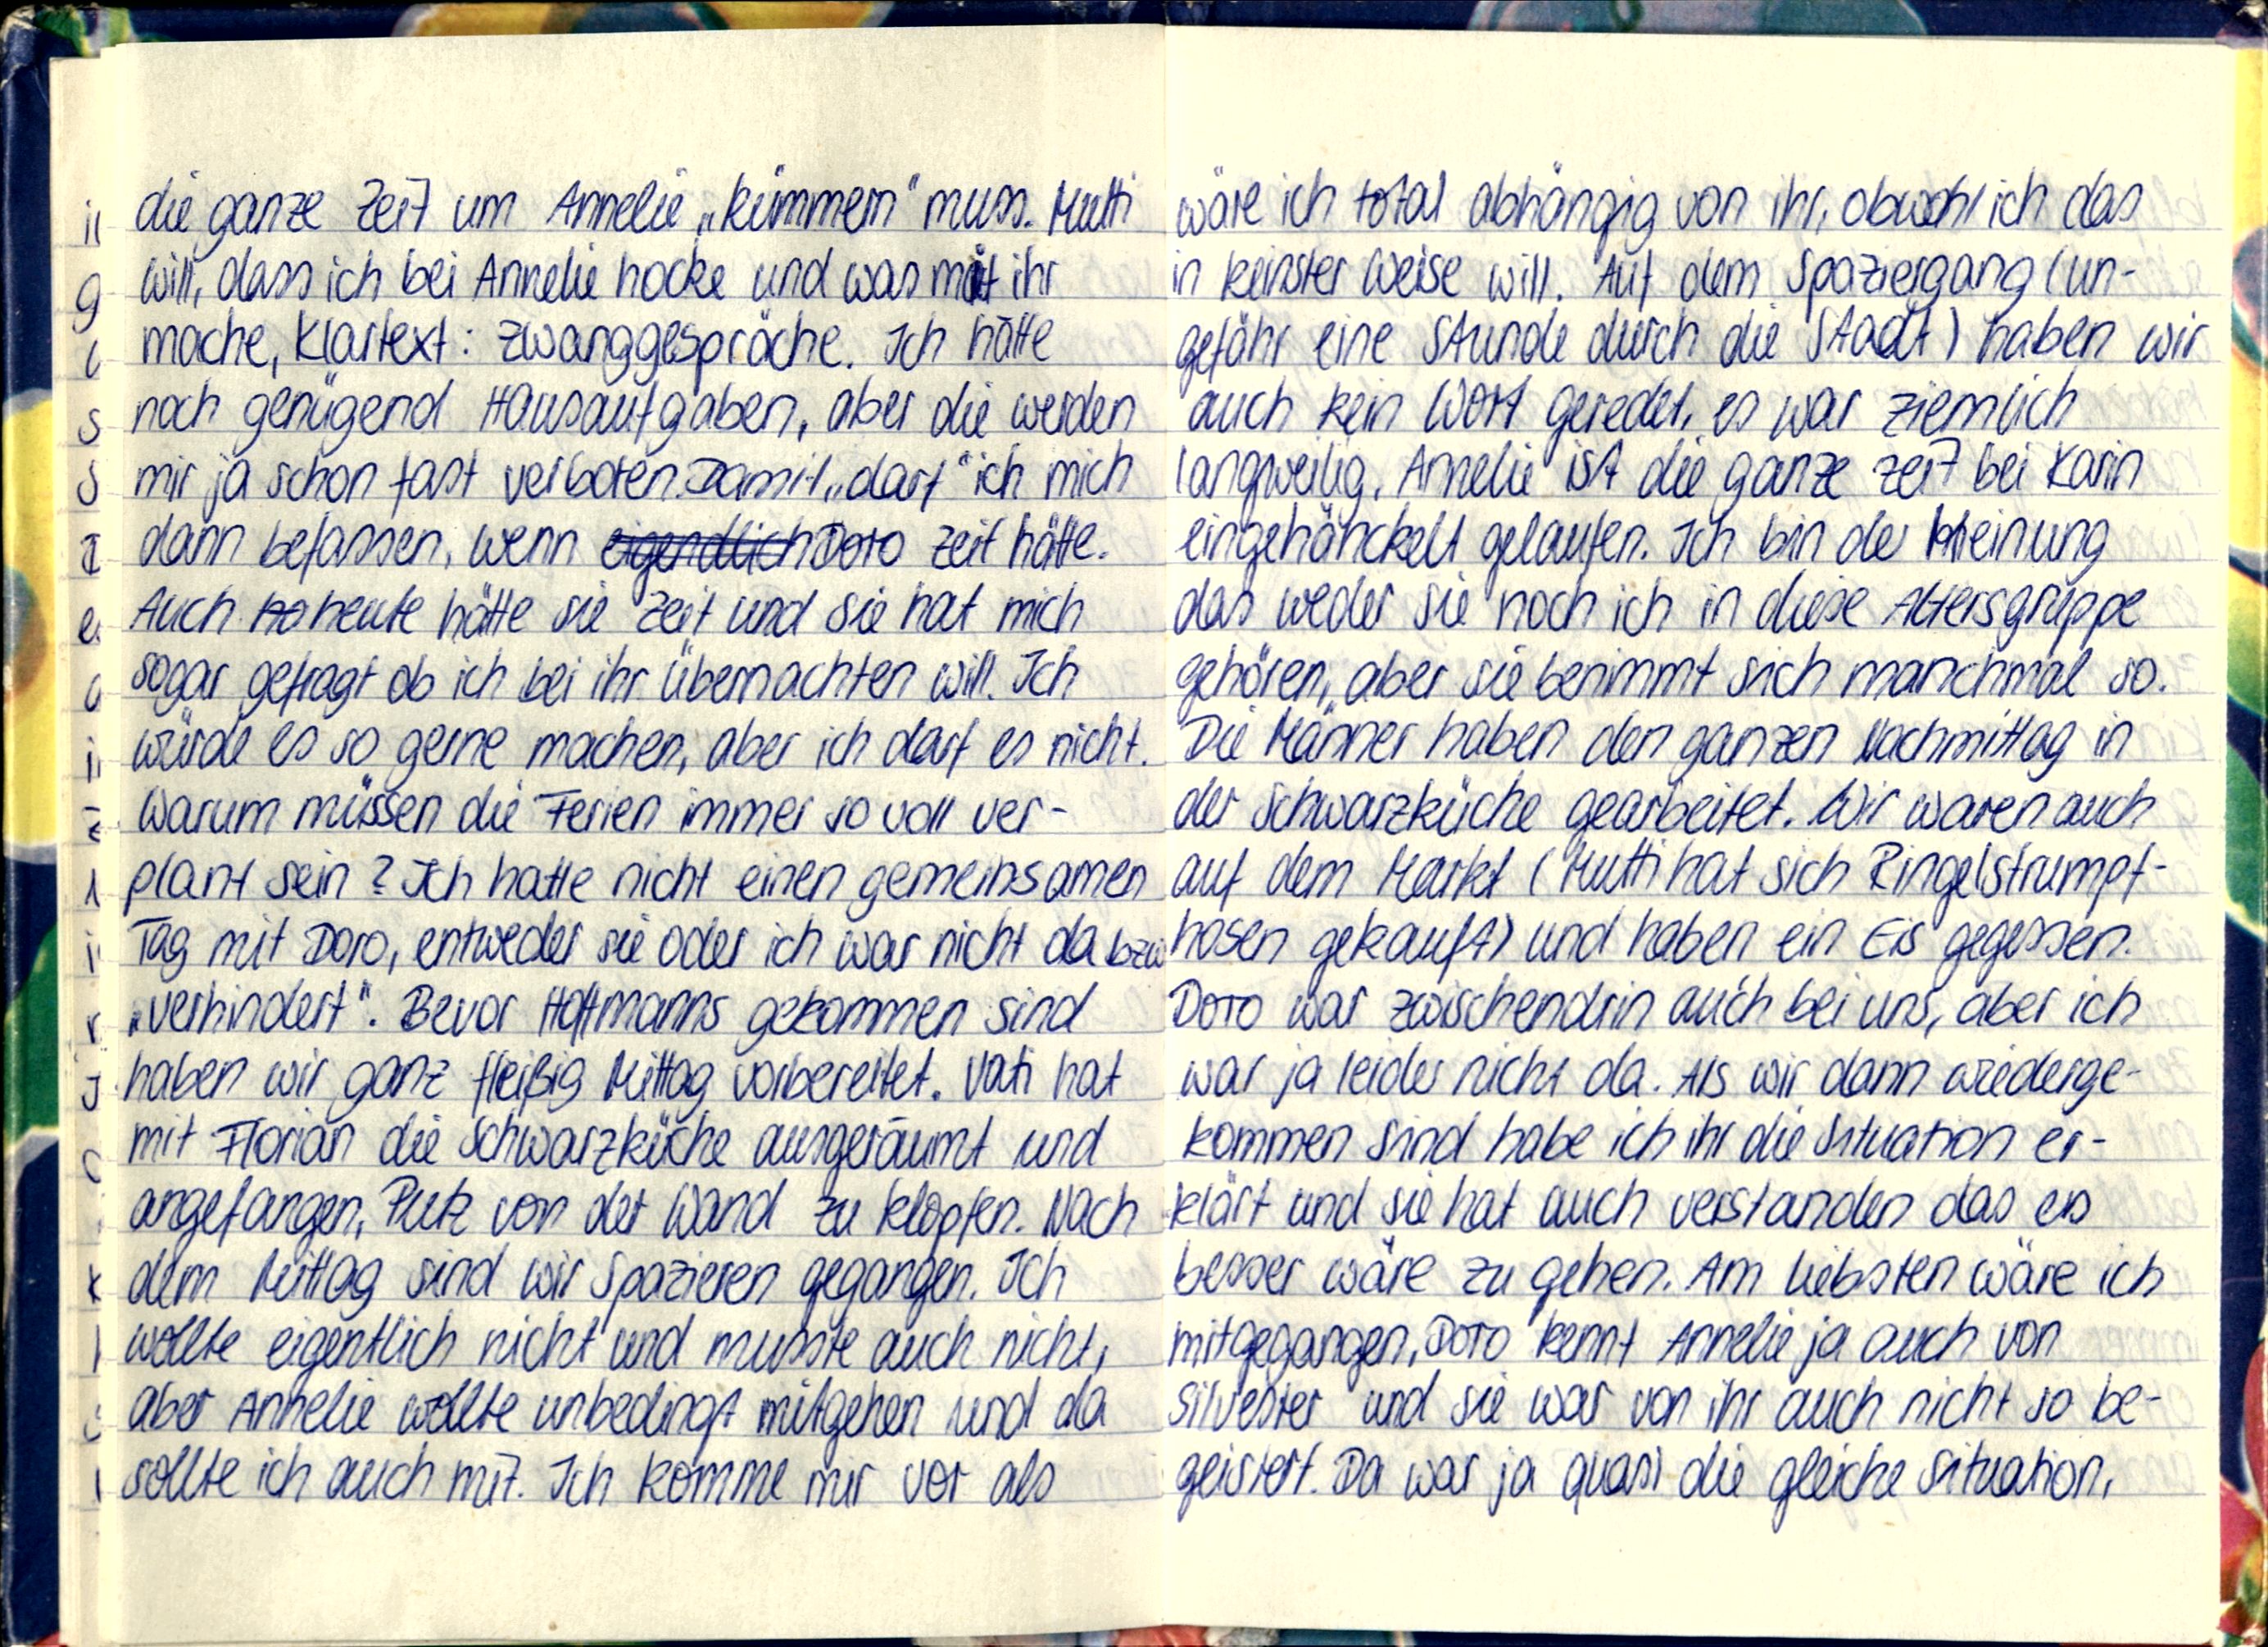
die ganze Zeit um Annelie „kümmern" muss. Mutti
will, dass ich bei Annelie hocke und was mit ihr
mache, Klartext: zwanggespräche. Ich hätte
noch genügend Hausaufgaben, aber die werden
mir ja schon fast verboten. Damit „darf" ich mich
dann befassen, wenn Doro Zeit hätte.
Auch heute hätte sie Zeit und sie hat mich
sogar gefragt ob ich bei ihr übernachten will. Ich
würde es so gerne machen, aber ich darf es nicht.
Warum müssen die Ferien immer so voll ver-
plant sein? Ich hatte nicht einen gemeinsamen
Tag mit Doro, entweder sie oder ich war nicht da bzw.
„verhindert". Bevor Hoffmanns gekommen sind
haben wir ganz fleißig Mittag vorbereitet. Vati hat
mit Florian die Schwarzküche ausgeräumt und
angefangen, Putz von der Wand zu klopfen. Nach
dem Mittag sind wir Spazieren gegangen. Ich
wollte eigentlich nicht und musste auch nicht,
aber Annelie wollte unbedingt mitgehen und da
sollte ich auch mit. Ich komme mir vor als

wäre ich total abhängig von ihr, obwohl ich das
in keinster Weise will. Auf dem Spaziergang (un-
gefähr eine Stunde durch die Stadt) haben wir
auch kein wort geredet, es war ziemlich
langweilig, Annelie ist die ganze Zeit bei Karin
eingehäckelt gelaufen. Ich bin der Meinung
das weder sie noch ich in diese Altersgruppe
gehören, aber sie benimmt sich manchmal so.
Die Männer haben den ganzen Nachmittag in
der Schwarzküche gearbeitet. Wir waren auch
auf dem Markt (Mutti hat sich Ringelstrumpf-
hosen gekauft) und haben ein Eis gegessen.
Doro war zwischendrin auch bei uns, aber ich
war ja leider nicht da. Als wir dann wiederge-
kommen sind habe ich ihr die Situation er-
klärt und sie hat auch verstanden das es
besser wäre zu gehen. Am liebsten wäre ich
mitgegangen, Doro kennt Annelie ja auch von
Silvester und sie war von ihr auch nicht so be-
geistert. Da war ja quasi die gleiche Situation,